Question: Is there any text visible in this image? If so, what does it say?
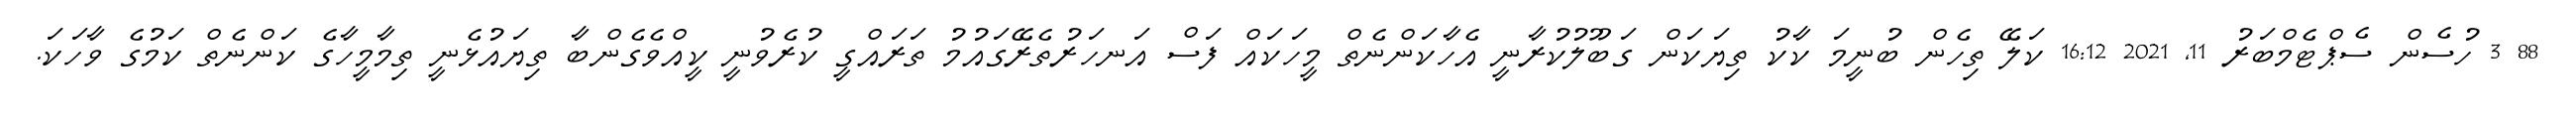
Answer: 88 3 ހުސެން ސެޕްޓެމްބަރު 11, 2021 16:12 ކަލޭ ތިހެން ބުނީމަ ކާކު ތިޔަކަން ގަބޫލުކުރާނީ އެހާކަންނެތް މީހަކައް ފަސް އަނހަރުތެރޭގައުމު ތަރައްގީ ކުރެވުނީ ކީއްވެގެންބާ ތިޔައުޅެނީ ތިމާމީހާގެ ކަންނެތް ކަމުގެ ވާހަކަ.